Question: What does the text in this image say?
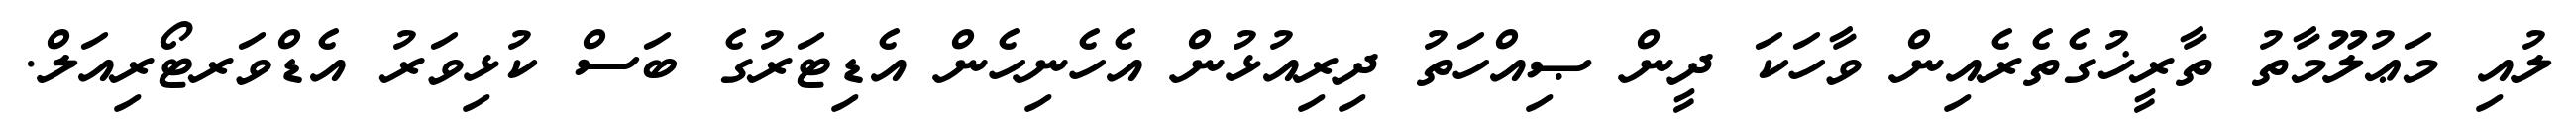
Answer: ލުއި މަޢުލޫމާތު ތާރީޚުގެތެރެއިން ވާހަކަ ދީން ޞިއްހަތު ދިރިއުޅުން އެހެނިހެން އެޑިޓަރުގެ ބަސް ކުޅިވަރު އެޑްވަރޓޯރިއަލް.